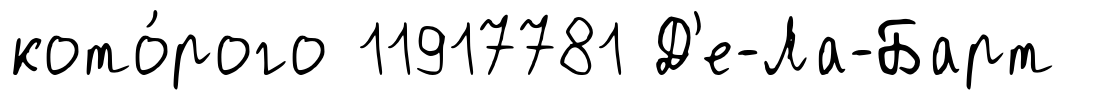
кото́рого 11917781 Д'е-Ла-Барт